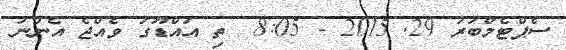
ސެޕްޓެމްބަރު 29